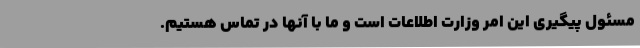
مسئول پیگیری این امر وزارت اطلاعات است و ما با آنها در تماس هستیم.